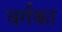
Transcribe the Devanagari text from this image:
वर्गका